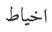
اخياط